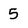
Character: 5